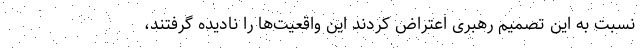
نسبت به این تصمیم رهبری اعتراض کردند این واقعیت‌ها را نادیده گرفتند،